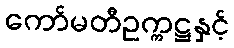
ကော်မတီဥက္ကဋ္ဌနှင့်